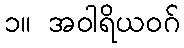
၁။ အဝါရိယဝဂ်